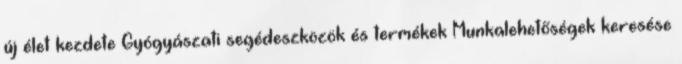
új élet kezdete Gyógyászati segédeszközök és termékek Munkalehetőségek keresése